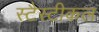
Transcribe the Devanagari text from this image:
स्टैस्टीकल